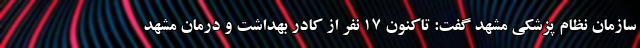
سازمان نظام پزشکی مشهد گفت: تاکنون ۱۷ نفر از کادر بهداشت و درمان مشهد